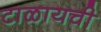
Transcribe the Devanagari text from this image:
टाळायची